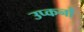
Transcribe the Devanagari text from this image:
उप्कर्नो